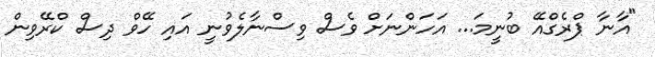
"އާނާ ޕްރެގްއޭ ބުނީމަ... އަހަންނަށް ވެސް ވިސްނާލެވުނީ އައި ހޭވް ދިސް ކްރޭވިން